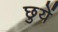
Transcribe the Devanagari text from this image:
छुयें